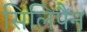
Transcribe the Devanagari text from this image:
सिलिपैन